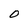
Character: 0